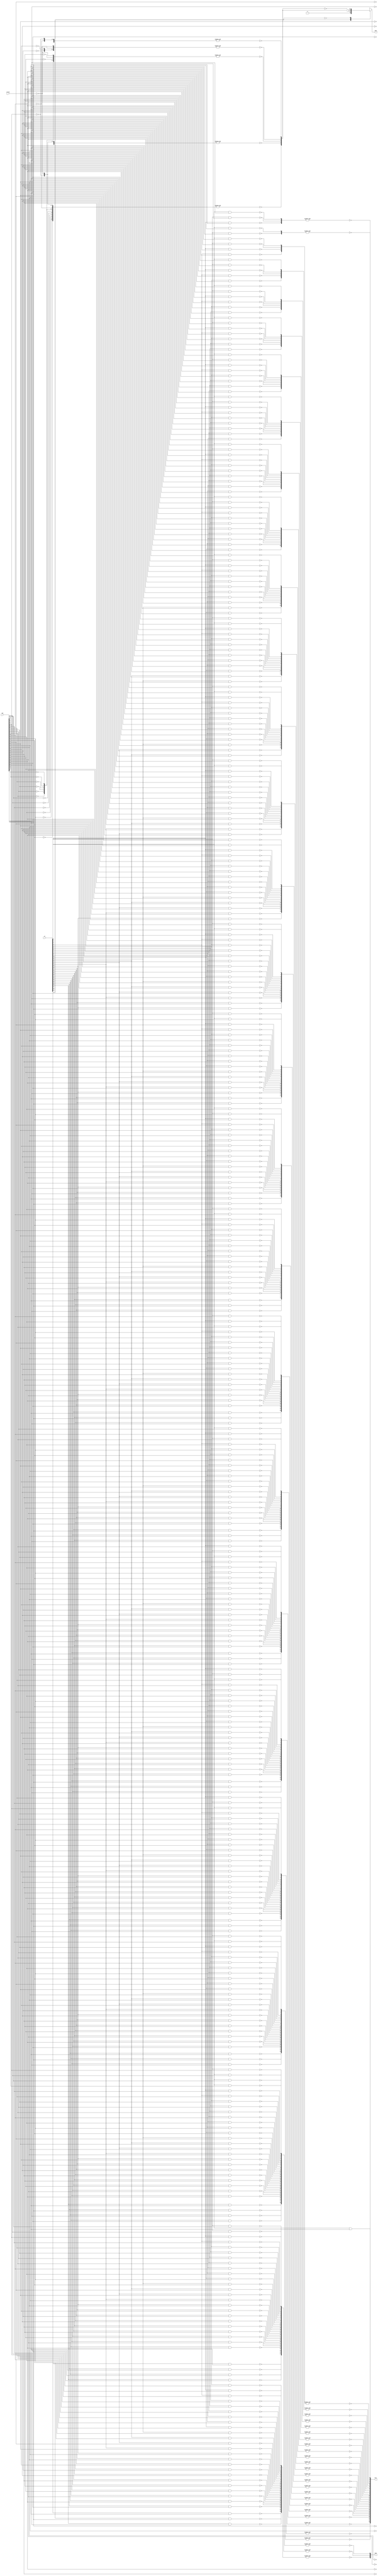
module LDDShifter(regi, expo, frac, ldd, allone, in);
parameter n = 32;
parameter es = 3;
parameter rs = 6;//size of regi

input [29:0] ldd;
input [30:0] in;
input allone;

output reg [5:0] regi;
output [2:0] expo;
output [25:0] frac;

wire [1049:0] temp; 
wire [5:0] oneRe, oneReTemp;
assign oneReTemp = 30;
//total output size: 6+3+26=35; ldd: 30, total:35*30=1050
//regi[i] under ldd[j]: temp[j*6+i+870]
//regi[i] under allone: oneRe[i]
//expo[i] under ldd[j]: temp[j*3+i+780]
//frac[i] under ldd[j]: temp[j*26+i]
wire [1049:0] outtemp;
//regi[i] under ldd[j]: outtemp[j+i*30+870]
//expo[i] under ldd[j]: outtemp[j+i*30+780]
//frac[i] under ldd[j]: outtemp[j+i*30]
wire [54:0] fractemp;
assign fractemp = {in[25:0],29'b00000000000000000000000000000};

wire [5:0] tempregi;

genvar i,j;

//regi: check absolute value first, do bit inverse (~) to get negative at the output stage
for (i = 0; i < 30; i = i + 1) begin//under ldd[i]
	assign temp[i*6+875:i*6+870] = 29-i;
end

//expo:
for (i = 3; i < 30; i = i+1) begin
	assign temp[i*3+782:i*3+780] = in[i-1:i-3];
end
assign temp[788:786] = {1'b0, in[1:0]};//ldd[2]
assign temp[785:783] = {2'b00, in[0]};//ldd[1]
assign temp[782:780] = 0;//ldd[0]

//frac:
for (i = 0; i < 30; i = i + 1) begin
	assign temp[i*26+25:i*26] = fractemp[i+25:i];
end

//switch order for temp
for (i = 0; i < 6; i = i + 1) begin
for (j = 0; j < 30; j = j + 1) begin
	nand(outtemp[j+i*30+870], temp[j*6+i+870], ldd[j]);
	//assign outtemp[j+i*30+870] = temp[j*6+i+870];
end
end
for (i = 0; i < 6; i = i + 1) begin
	nand(oneRe[i], oneReTemp[i], allone);
end

for (i = 0; i < 3; i = i + 1) begin
for (j = 0; j < 30; j = j + 1) begin
	nand(outtemp[j+i*30+780], temp[j*3+i+780], ldd[j]);
	//assign outtemp[j+i*30+780] = temp[j*3+i+780];
end
end

for (i = 0; i < 26; i = i + 1) begin
for (j = 0; j < 30; j = j + 1) begin
	nand(outtemp[j+i*30], temp[j*26+i], ldd[j]);
	//assign outtemp[j+i*30] = temp[j*26+i];
end
end

//frac out:
for (i = 0; i < 6; i = i + 1) begin
	assign tempregi[i] = ~&({outtemp[29+i*30+870:i*30+870],oneRe[i]});
end
for (i = 0; i < 3; i = i + 1) begin
	assign expo[i] = ~&(outtemp[29+i*30+780:i*30+780]);
end
for (i = 0; i < 26; i = i + 1) begin
	assign frac[i] = ~&(outtemp[29+i*30:i*30]);
end

always @(in[30], tempregi)
case (in[30])
	1'b1: regi = tempregi;
	1'b0: regi = ~tempregi;
endcase

endmodule